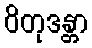
ဝိတုဒန္တာ